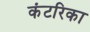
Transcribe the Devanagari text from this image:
कंटरिका